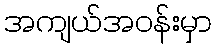
အကျယ်အဝန်းမှာ